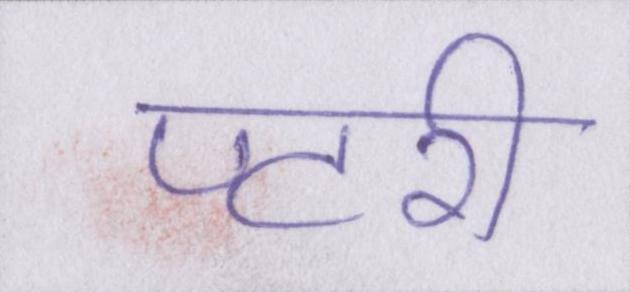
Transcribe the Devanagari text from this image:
पटरी